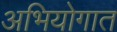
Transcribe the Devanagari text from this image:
अभियोगात